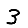
Digit: 3